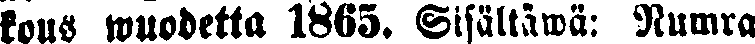
kous wuodetta 1863. Sisältäwä: numra